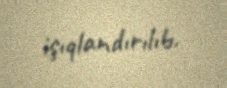
işıqlandırılıb.